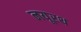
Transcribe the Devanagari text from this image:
नयूरथ